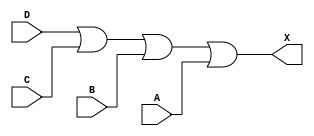
module sky130_fd_sc_lp__or4 (
    X,
    A,
    B,
    C,
    D
);

    // Module ports
    output X;
    input  A;
    input  B;
    input  C;
    input  D;

    // Module supplies
    supply1 VPWR;
    supply0 VGND;
    supply1 VPB ;
    supply0 VNB ;

    // Local signals
    wire or0_out_X;

    //  Name  Output     Other arguments
    or  or0  (or0_out_X, D, C, B, A     );
    buf buf0 (X        , or0_out_X      );

endmodule